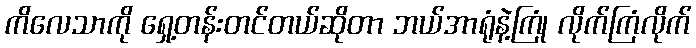
ကိလေသာကို ရှေ့တန်းတင်တယ်ဆိုတာ ဘယ်အာရုံနဲ့ကြုံ လိုက်ကြံလိုက်